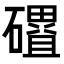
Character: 𮁓